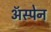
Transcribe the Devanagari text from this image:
अॅस्पेन